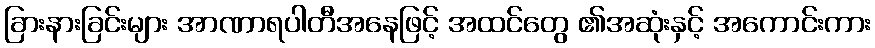
ခြားနားခြင်းများ အာဏာရပါတီအနေဖြင့် အထင်တွေ ၏အဆုံးနှင့် အကောင်းကား